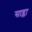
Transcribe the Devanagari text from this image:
साब्ला